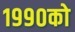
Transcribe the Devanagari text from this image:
१९९०को